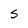
Character: S